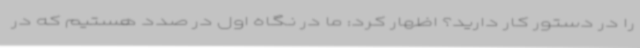
را در دستور کار دارید؟ اظهار کرد: ما در نگاه اول در صدد هستیم که در